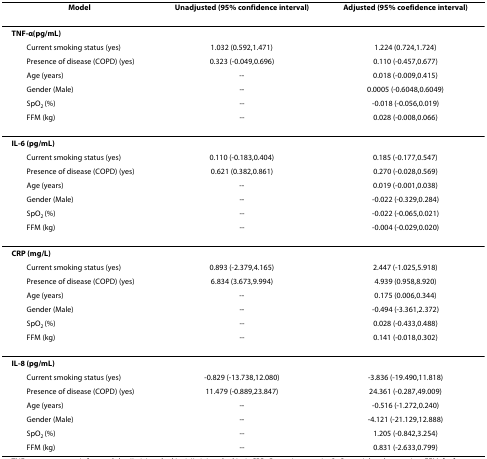
<table><thead><tr><td><b>Model</b></td><td><b>Unadjusted (95% confidence interval)</b></td><td><b>Adjusted (95% coefidence interval)</b></td></tr></thead><tbody><tr><td><b>TNF-α(pg/mL)</b></td><td>[EMPTY_CELL]</td><td>[EMPTY_CELL]</td></tr><tr><td> Current smoking status (yes)</td><td>1.032 (0.592,1.471)</td><td>1.224 (0.724,1.724)</td></tr><tr><td> Presence of disease (COPD) (yes)</td><td>0.323 (-0.049,0.696)</td><td>0.110 (-0.457,0.677)</td></tr><tr><td> Age (years)</td><td>--</td><td>0.018 (-0.009,0.415)</td></tr><tr><td> Gender (Male)</td><td>--</td><td>0.0005 (-0.6048,0.6049)</td></tr><tr><td> SpO<sub>2 </sub>(%)</td><td>--</td><td>-0.018 (-0.056,0.019)</td></tr><tr><td> FFM (kg)</td><td>--</td><td>0.028 (-0.008,0.066)</td></tr><tr><td><b>IL-6 (pg/mL)</b></td><td>[EMPTY_CELL]</td><td>[EMPTY_CELL]</td></tr><tr><td> Current smoking status (yes)</td><td>0.110 (-0.183,0.404)</td><td>0.185 (-0.177,0.547)</td></tr><tr><td> Presence of disease (COPD) (yes)</td><td>0.621 (0.382,0.861)</td><td>0.270 (-0.028,0.569)</td></tr><tr><td> Age (years)</td><td>--</td><td>0.019 (-0.001,0.038)</td></tr><tr><td> Gender (Male)</td><td>--</td><td>-0.022 (-0.329,0.284)</td></tr><tr><td> SpO<sub>2 </sub>(%)</td><td>--</td><td>-0.022 (-0.065,0.021)</td></tr><tr><td> FFM (kg)</td><td>--</td><td>-0.004 (-0.029,0.020)</td></tr><tr><td><b>CRP (mg/L)</b></td><td>[EMPTY_CELL]</td><td>[EMPTY_CELL]</td></tr><tr><td> Current smoking status (yes)</td><td>0.893 (-2.379,4.165)</td><td>2.447 (-1.025,5.918)</td></tr><tr><td> Presence of disease (COPD) (yes)</td><td>6.834 (3.673,9.994)</td><td>4.939 (0.958,8.920)</td></tr><tr><td> Age (years)</td><td>--</td><td>0.175 (0.006,0.344)</td></tr><tr><td> Gender (Male)</td><td>--</td><td>-0.494 (-3.361,2.372)</td></tr><tr><td> SpO<sub>2 </sub>(%)</td><td>--</td><td>0.028 (-0.433,0.488)</td></tr><tr><td> FFM (kg)</td><td>--</td><td>0.141 (-0.018,0.302)</td></tr><tr><td><b>IL-8 (pg/mL)</b></td><td>[EMPTY_CELL]</td><td>[EMPTY_CELL]</td></tr><tr><td> Current smoking status (yes)</td><td>-0.829 (-13.738,12.080)</td><td>-3.836 (-19.490,11.818)</td></tr><tr><td> Presence of disease (COPD) (yes)</td><td>11.479 (-0.889,23.847)</td><td>24.361 (-0.287,49.009)</td></tr><tr><td> Age (years)</td><td>--</td><td>-0.516 (-1.272,0.240)</td></tr><tr><td> Gender (Male)</td><td>--</td><td>-4.121 (-21.129,12.888)</td></tr><tr><td> SpO<sub>2 </sub>(%)</td><td>--</td><td>1.205 (-0.842,3.254)</td></tr><tr><td> FFM (kg)</td><td>--</td><td>0.831 (-2.633,0.799)</td></tr></tbody></table>